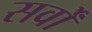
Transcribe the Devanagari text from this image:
सर्वों